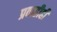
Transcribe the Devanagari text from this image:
प्रवाहीही